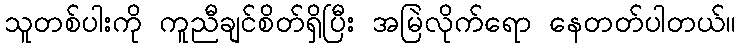
သူတစ်ပါးကို ကူညီချင်စိတ်ရှိပြီး အမြဲလိုက်ရော နေတတ်ပါတယ်။